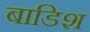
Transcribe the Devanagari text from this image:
बाडिश